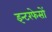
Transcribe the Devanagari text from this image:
इन्टरफेसों